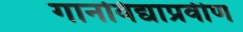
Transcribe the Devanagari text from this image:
गानविद्याप्रवीण